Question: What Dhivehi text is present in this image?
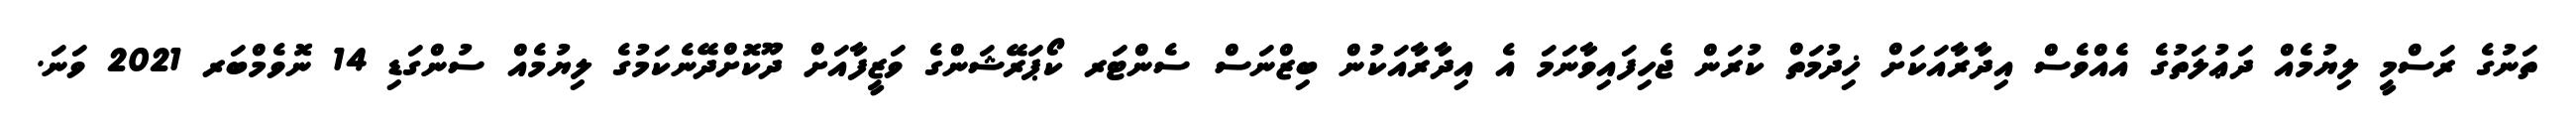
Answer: ތަނުގެ ރަސްމީ ލިޔުމެއް ދަޢުލަތުގެ އެއްވެސް އިދާރާއަކަށް ޚިދުމަތް ކުރަން ޖެހިފައިވާނަމަ އެ އިދާރާއަކުން ބިޒްނަސް ސެންޓަރ ކޯޕަރޭޝަންގެ ވަޒީފާއަށް ދޫކޮށްދޭނެކަމުގެ ލިޔުމެއް ސުންގަޑި 14 ނޮވެމްބަރ 2021 ވަނަ.